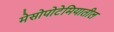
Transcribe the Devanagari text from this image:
मेसोपोटेमियातील